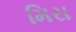
મિરા